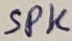
Text: SPK